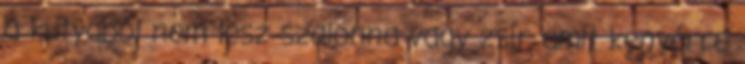
a kutyából nem lesz szalonna vagy zsír amit kenyérre